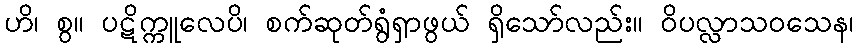
ဟိ၊ စွ။ ပဋိက္ကူလေပိ၊ စက်ဆုတ်ရွံရှာဖွယ် ရှိသော်လည်း။ ဝိပလ္လာသဝသေန၊